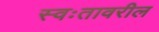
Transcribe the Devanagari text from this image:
स्वःतावरील